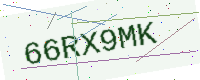
Text: 66RX9MK